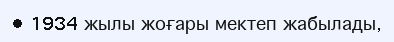
• 1934 жылы жоғары мектеп жабылады,